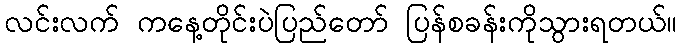
လင်းလက် ကနေ့တိုင်းပဲပြည်တော် ပြန်စခန်းကိုသွားရတယ်။